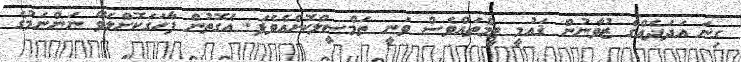
ގިނަ އަދަދެއްގެ ޒުވާނުން ޤައުމީ ޓީމްތައްވެސް ވަނީ ތަމްސީލްކޮށްއެވެފަ. އެގޮތުން ފާހަގަކޮށްލެވޭ ނަންނަމުގެ